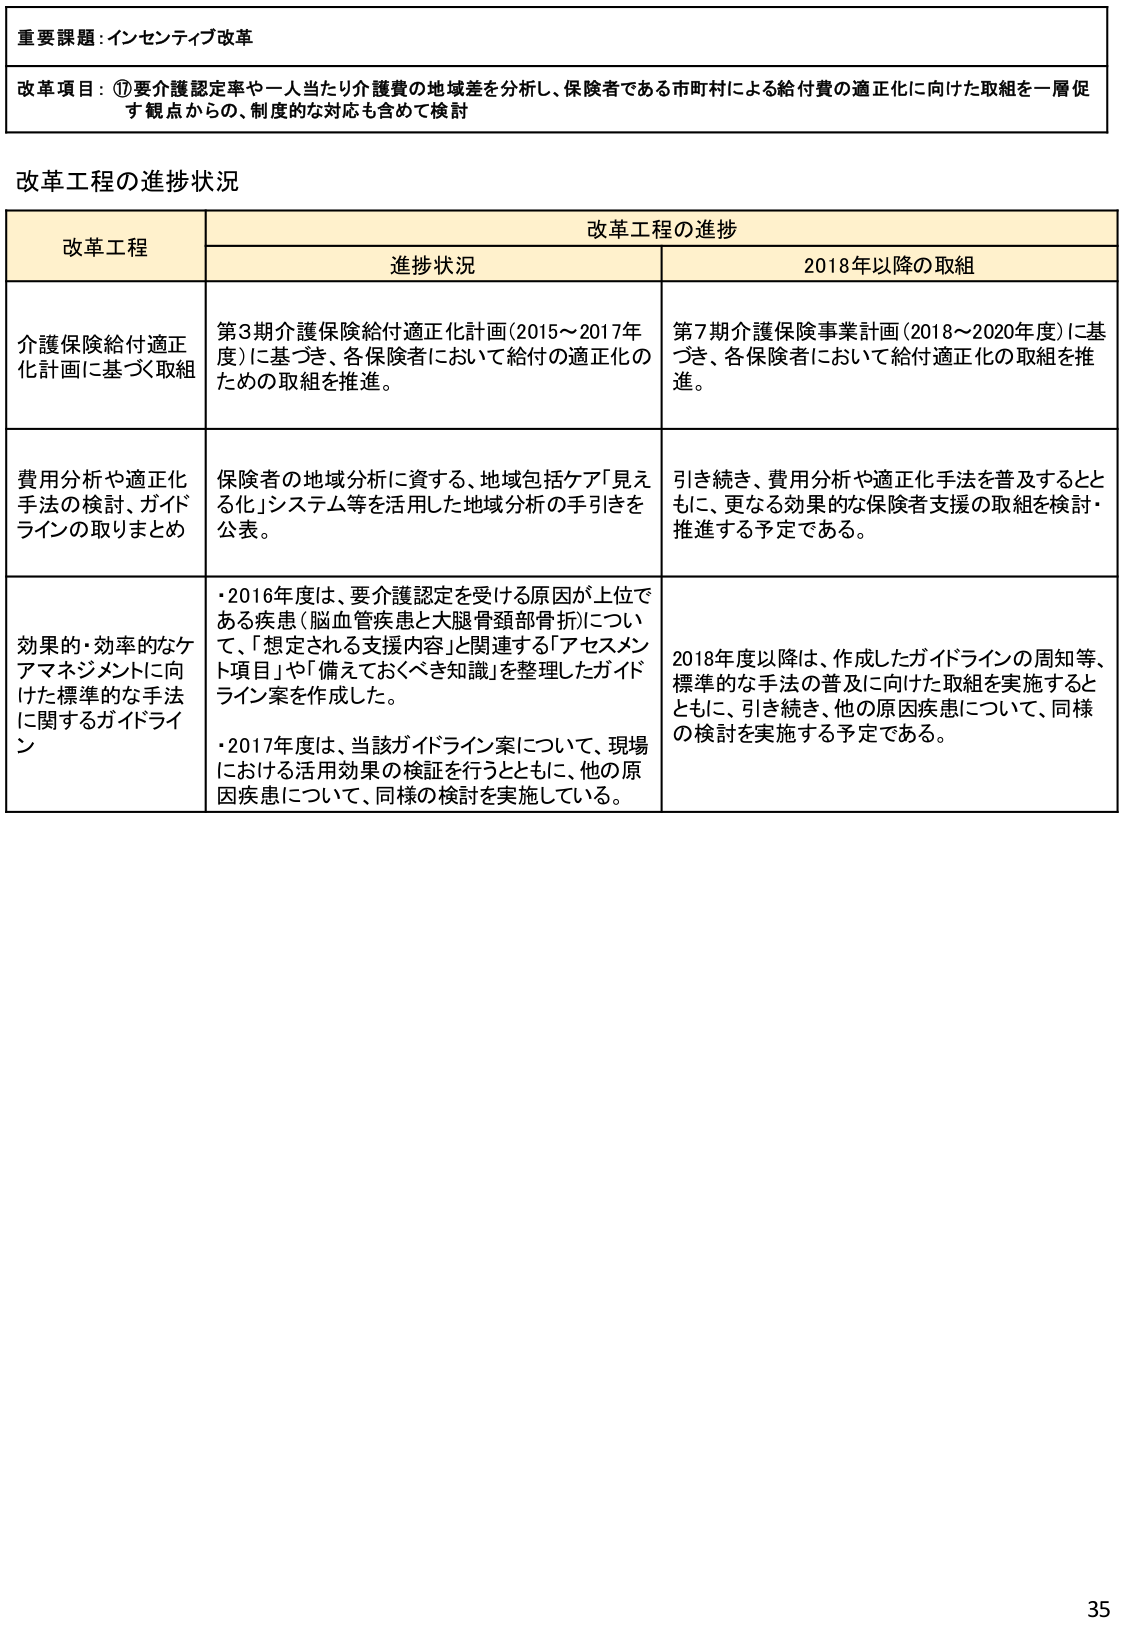
重要課題：インセンティブ改革

改革項目：①要介護認定率や一人当たり介護費の地域差を分析し、保険者である市町村による給付費の適正化に向けた取組を一層促す観点からの、制度的な対応も含めて検討

改革工程の進捗状況

改革工程